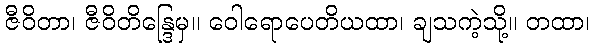
ဇီဝိတာ၊ ဇီဝိတိန္ဒြေမှ။ ဝေါရောပေတိယထာ၊ ချသကဲ့သို့။ တထာ၊